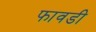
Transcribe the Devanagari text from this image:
फावडी